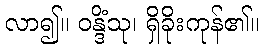
လာ၍။ ဝန္ဒိံသု၊ ရှိခိုးကုန်၏။